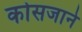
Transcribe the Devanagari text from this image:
कोसजाने